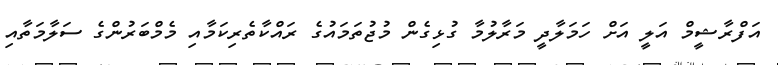
އަފްރާޝީމް އަލީ އަށް ހަމަލާދީ މަރާލުމާ ގުޅިގެން މުޖުތަމައުގެ ރައްކާތެރިކަމާއި މެމްބަރުންގެ ސަލާމަތާއި